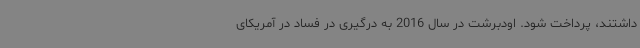
داشتند، پرداخت شود. اودبرشت در سال 2016 به درگیری در فساد در آمریکای